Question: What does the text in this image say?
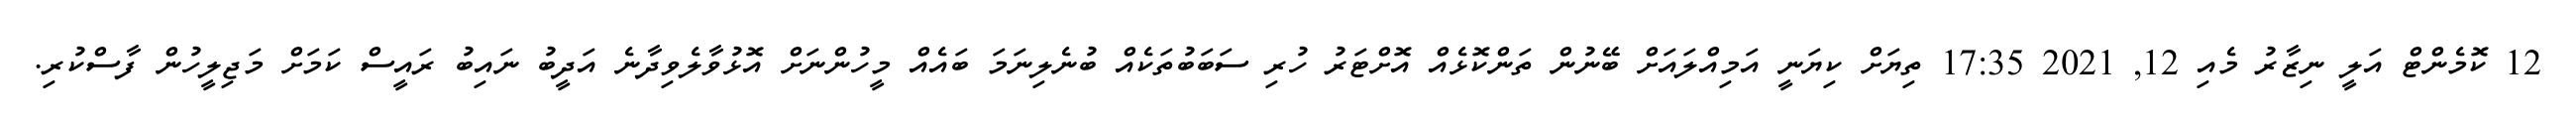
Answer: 12 ކޮމެންޓް އަލީ ނިޒާރު މެއި 12, 2021 17:35 ތިޔަށް ކިޔަނީ އަމިއްލައަށް ބޭނުން ތަންކޮޅެއް އޮށްޓަރު ހުރި ސަބަބުތަކެއް ބުނެލިނަމަ ބައެއް މީހުންނަށް އޮޅުވާލެވިދާނެ އަދީބު ނައިބު ރައީސް ކަމަށް މަޖިލީހުން ފާސްކުރި.